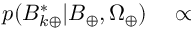
\begin{array} { r l r } { p ( B _ { k \oplus } ^ { * } | \boldsymbol { B } _ { \oplus } , \Omega _ { \oplus } ) } & { { } \propto } & { } \end{array}